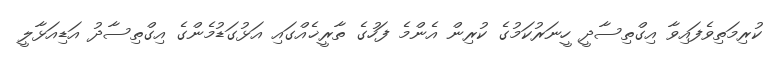
ކުރިމަތިވެފައިވާ އިގްތިސާދީ ހީނަރުކަމުގެ ކުރިން އެންމެ ފަހުގެ ތާރީޚެއްގައި އަޅުގަޑުމެންގެ އިގްތިސާދު އަޑިއަޅާލީ